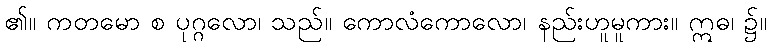
၏။ ကတမော စ ပုဂ္ဂလော၊ သည်။ ကောလံကောလော၊ နည်းဟူမူကား။ ဣဓ၊ ၌။